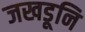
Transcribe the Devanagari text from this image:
जखडूनि